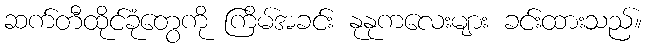
ဆက်တီထိုင်ခုံတွေကို ကြိမ်အခင်း နုနုကလေးများ ခင်းထားသည်။